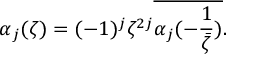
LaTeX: \alpha _ { j } ( \zeta ) = ( - 1 ) ^ { j } \zeta ^ { 2 j } \overline { { { \alpha _ { j } ( - \frac { 1 } { \bar { \zeta } } ) } } } .